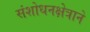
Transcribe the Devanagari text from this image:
संशोधनक्षेत्राने